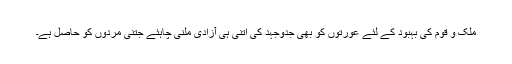
ملک و قوم کی بہبود کے لئے عورتوں کو بھی جدوجہد کی اتنی ہی آزادی ملنی چاہئے جتنی مردوں کو حاصل ہے۔